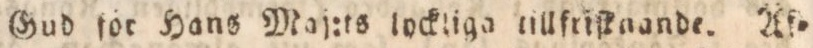
Gud för Hans Maj:ts lockliga tillfriſknande. Af=